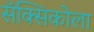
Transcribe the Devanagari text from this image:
सॅक्सिकोला